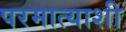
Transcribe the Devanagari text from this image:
परमात्याशी